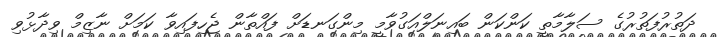
ދަތުރުފަތުރުގެ ސަލާމާތީ ކަންކަން ބައިނަލްއަގުވާމީ މިންގަނޑަށް ފައްތާން ޖެހިފައިވާ ކަމަށް ނާޒިމް ވިދާޅުވި